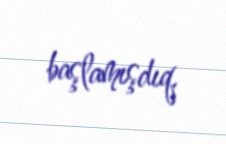
başlamışdıq.